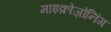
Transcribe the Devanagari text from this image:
माइक्रोज़ोनिंग